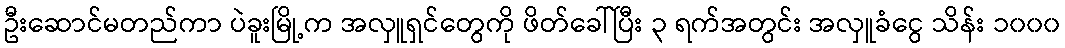
ဦးဆောင်မတည်ကာ ပဲခူးမြို့က အလှူရှင်တွေကို ဖိတ်ခေါ်ပြီး ၃ ရက်အတွင်း အလှူခံငွေ သိန်း ၁၀၀၀